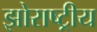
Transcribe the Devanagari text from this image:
झोराष्ट्रीय